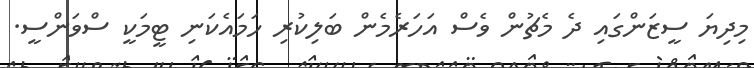
މިދިޔަ ސީޒަންގައި ދެ މެޗުން ވެސް އަހަރެމެން ބަލިކުރި ހަމައެކަނި ޓީމަކީ ސްވަންސީ.